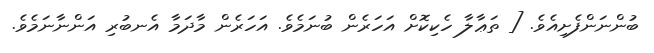
ބުންނަންފެށިއެވެ. [ ތަޢާލާ ހެކިކޮށް އަހަރެން ބުނަމެވެ. އަހަރެން މާދަމާ އެނބުރި އަންނާނަމެވެ.